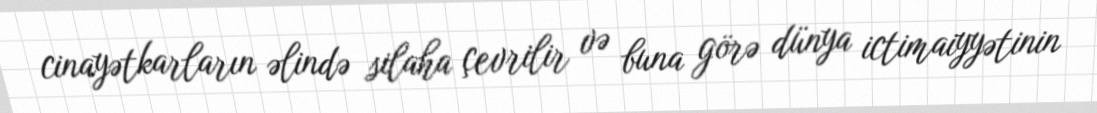
cinayətkarların əlində silaha çevrilir və buna görə dünya ictimaiyyətinin